画像に写った文字を読んでください
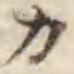
「カ」と書いてあります